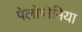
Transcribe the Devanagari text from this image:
पेलोपोनिया